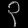
Digit: ၃